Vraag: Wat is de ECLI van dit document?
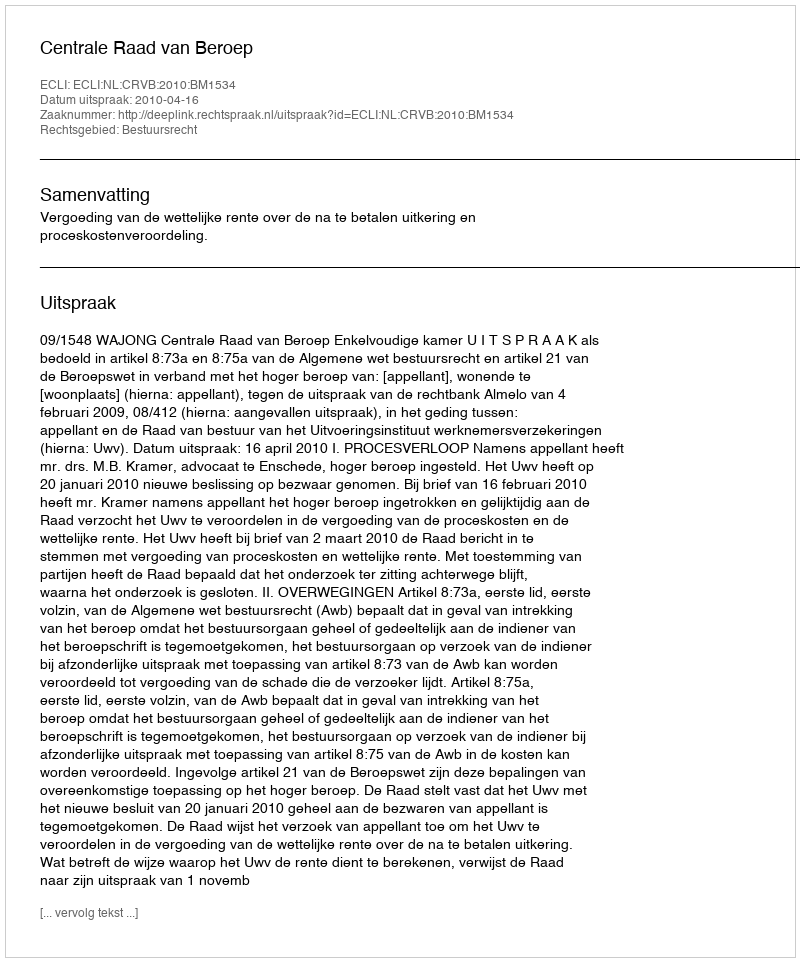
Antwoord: ECLI:NL:CRVB:2010:BM1534